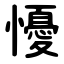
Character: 懮